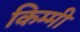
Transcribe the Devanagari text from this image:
किम्मी